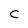
Character: C